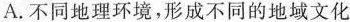
A.不同地理环境，形成不同的地域文化